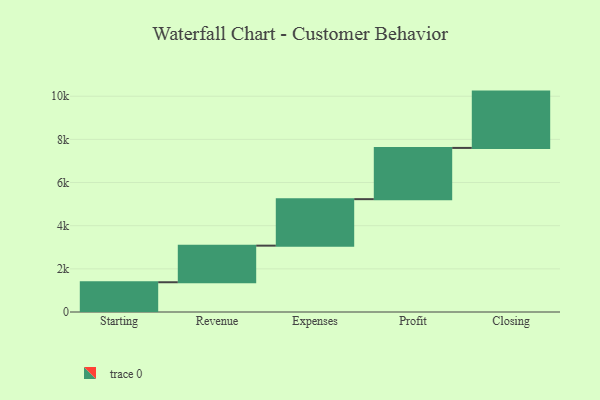
{"axis": {"x": "Step", "y": "Value"}, "legend": [""], "data": [{"x": "Starting", "y": 1379.0, "type": ""}, {"x": "Revenue", "y": 1696.0, "type": ""}, {"x": "Expenses", "y": 2155.0, "type": ""}, {"x": "Profit", "y": 2375.0, "type": ""}, {"x": "Closing", "y": 2610.0, "type": ""}]}